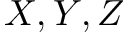
X , Y , Z